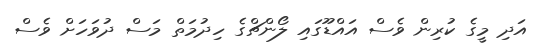
އަދި މީގެ ކުރިން ވެސް އައްޑޫގައި ލޯންޗްގެ ހިދުމަތް މަސް ދުވަހަށް ވެސް